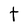
Character: t